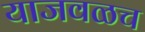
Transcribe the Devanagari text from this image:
याजवळच